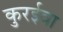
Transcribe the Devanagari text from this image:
कुरईवा